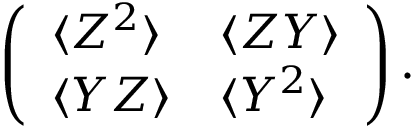
\left( \begin{array} { l l } { \langle Z ^ { 2 } \rangle } & { \langle Z Y \rangle } \\ { \langle Y Z \rangle } & { \langle Y ^ { 2 } \rangle } \end{array} \right) .